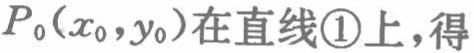
$P_{0}(x_{0},y_{0})在直线\textcircled{1}上,得$